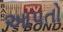
આપતો